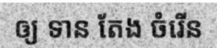
ឲ្យ ទាន តែង ចំរើន